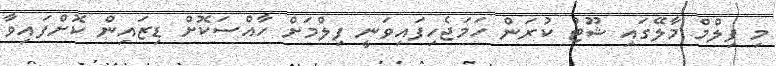
މި ފިލްމް މާލޭގައި ޝޫޓު ކުރަން ހަމަޖެހިފައިވަނީ ފިލްމަށް ހާއްސަކޮށް ޑިޒައިން ކޮށްފައިވާ